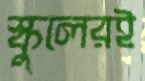
স্কুলেরই